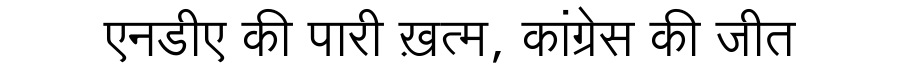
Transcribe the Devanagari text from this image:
एनडीए की पारी ख़त्म, कांग्रेस की जीत